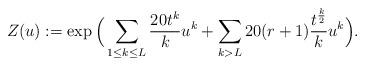
LaTeX: \begin{align*}Z(u):=\exp\Big(\sum_{1 \le k \le L} \frac{20t^k}{k} u^k + \sum_{k > L} 20(r+1) \frac{t^{\frac{k}{2}}}{k} u^k \Big).\end{align*}